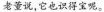
老董说，它也识得宝呢。